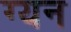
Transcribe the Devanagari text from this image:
ग्यन